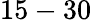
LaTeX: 15-30